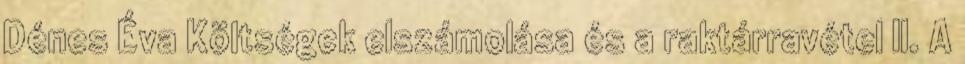
Dénes Éva Költségek elszámolása és a raktárravétel II. A